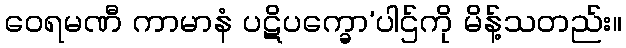
ဝေရမဏီ ကာမာနံ ပဋိပက္ခော’ပါဌ်ကို မိန့်သတည်း။